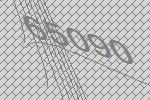
65090